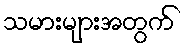
သမားများအတွက်